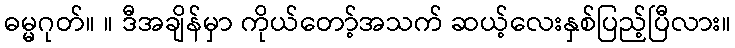
ဓမ္မဂုတ်။ ။ ဒီအချိန်မှာ ကိုယ်တော့်အသက် ဆယ့်လေးနှစ်ပြည့်ပြီလား။